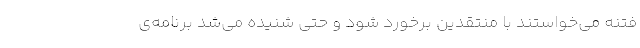
فتنه می‌خواستند با منتقدین برخورد شود و حتی شنیده می‌شد برنامه‌ی